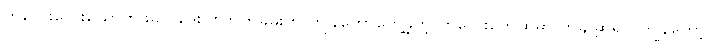
ကလေးလေးယောက်ဖခင် ဒေးဗစ်ဘက်ခမ်းက ကျွန်တော်တွေ့ခဲ့တဲ့ ကလေးတွေထဲမှာ တချို့ဆိုရင် ကျွန်တော့်